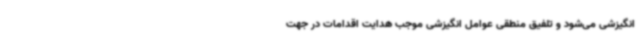
انگیزشی می‌شود و تلفیق منطقی عوامل انگیزشی موجب هدایت اقدامات در جهت